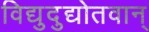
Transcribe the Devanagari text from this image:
विद्युदुद्योतवान्